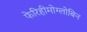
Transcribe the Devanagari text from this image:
फेरिहीमोग्लोबिन